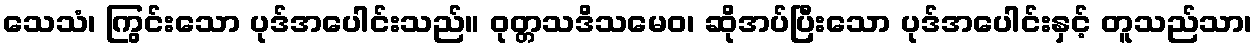
သေသံ၊ ကြွင်းသော ပုဒ်အပေါင်းသည်။ ဝုတ္တသဒိသမေဝ၊ ဆိုအပ်ပြီးသော ပုဒ်အပေါင်းနှင့် တူသည်သာ၊